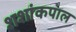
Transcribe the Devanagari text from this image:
शशांकपाल